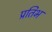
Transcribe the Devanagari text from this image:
प्रतिभ